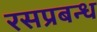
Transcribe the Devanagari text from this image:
रसप्रबन्ध